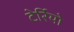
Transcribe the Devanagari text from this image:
टेर्रियो